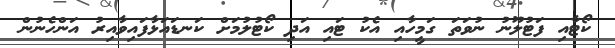
ކޯޓާއި ފަޓުލޫނު ނުވަތަ ގަމީހާއި އެކު ޓައި އަދި ކޯޓުލުމަށް ކަނޑައަޅާފައިވާއިރު އަންހެނުން